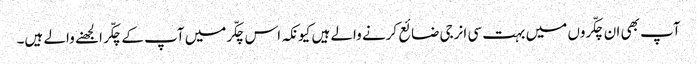
آپ بھی ان چکّروں میں بہت سی انرجی ضائع کرنے والے ہیں کیونکہ اس چکّرمیں آپ کے چکّر الجھنے والے ہیں۔